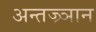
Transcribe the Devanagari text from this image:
अन्तज्र्ञान